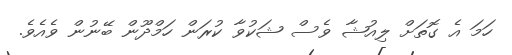
ހަމަ އެ ގޮތަށް ލިއުޝާ ވެސް ޝަކުވާ ކުރަން ހަމްދޫން ބޭނުން ވެއެވެ.